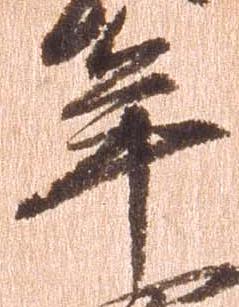
年